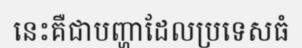
នេះគឺជាបញ្ហាដែលប្រទេសធំ